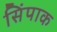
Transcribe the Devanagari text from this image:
सिंपाक